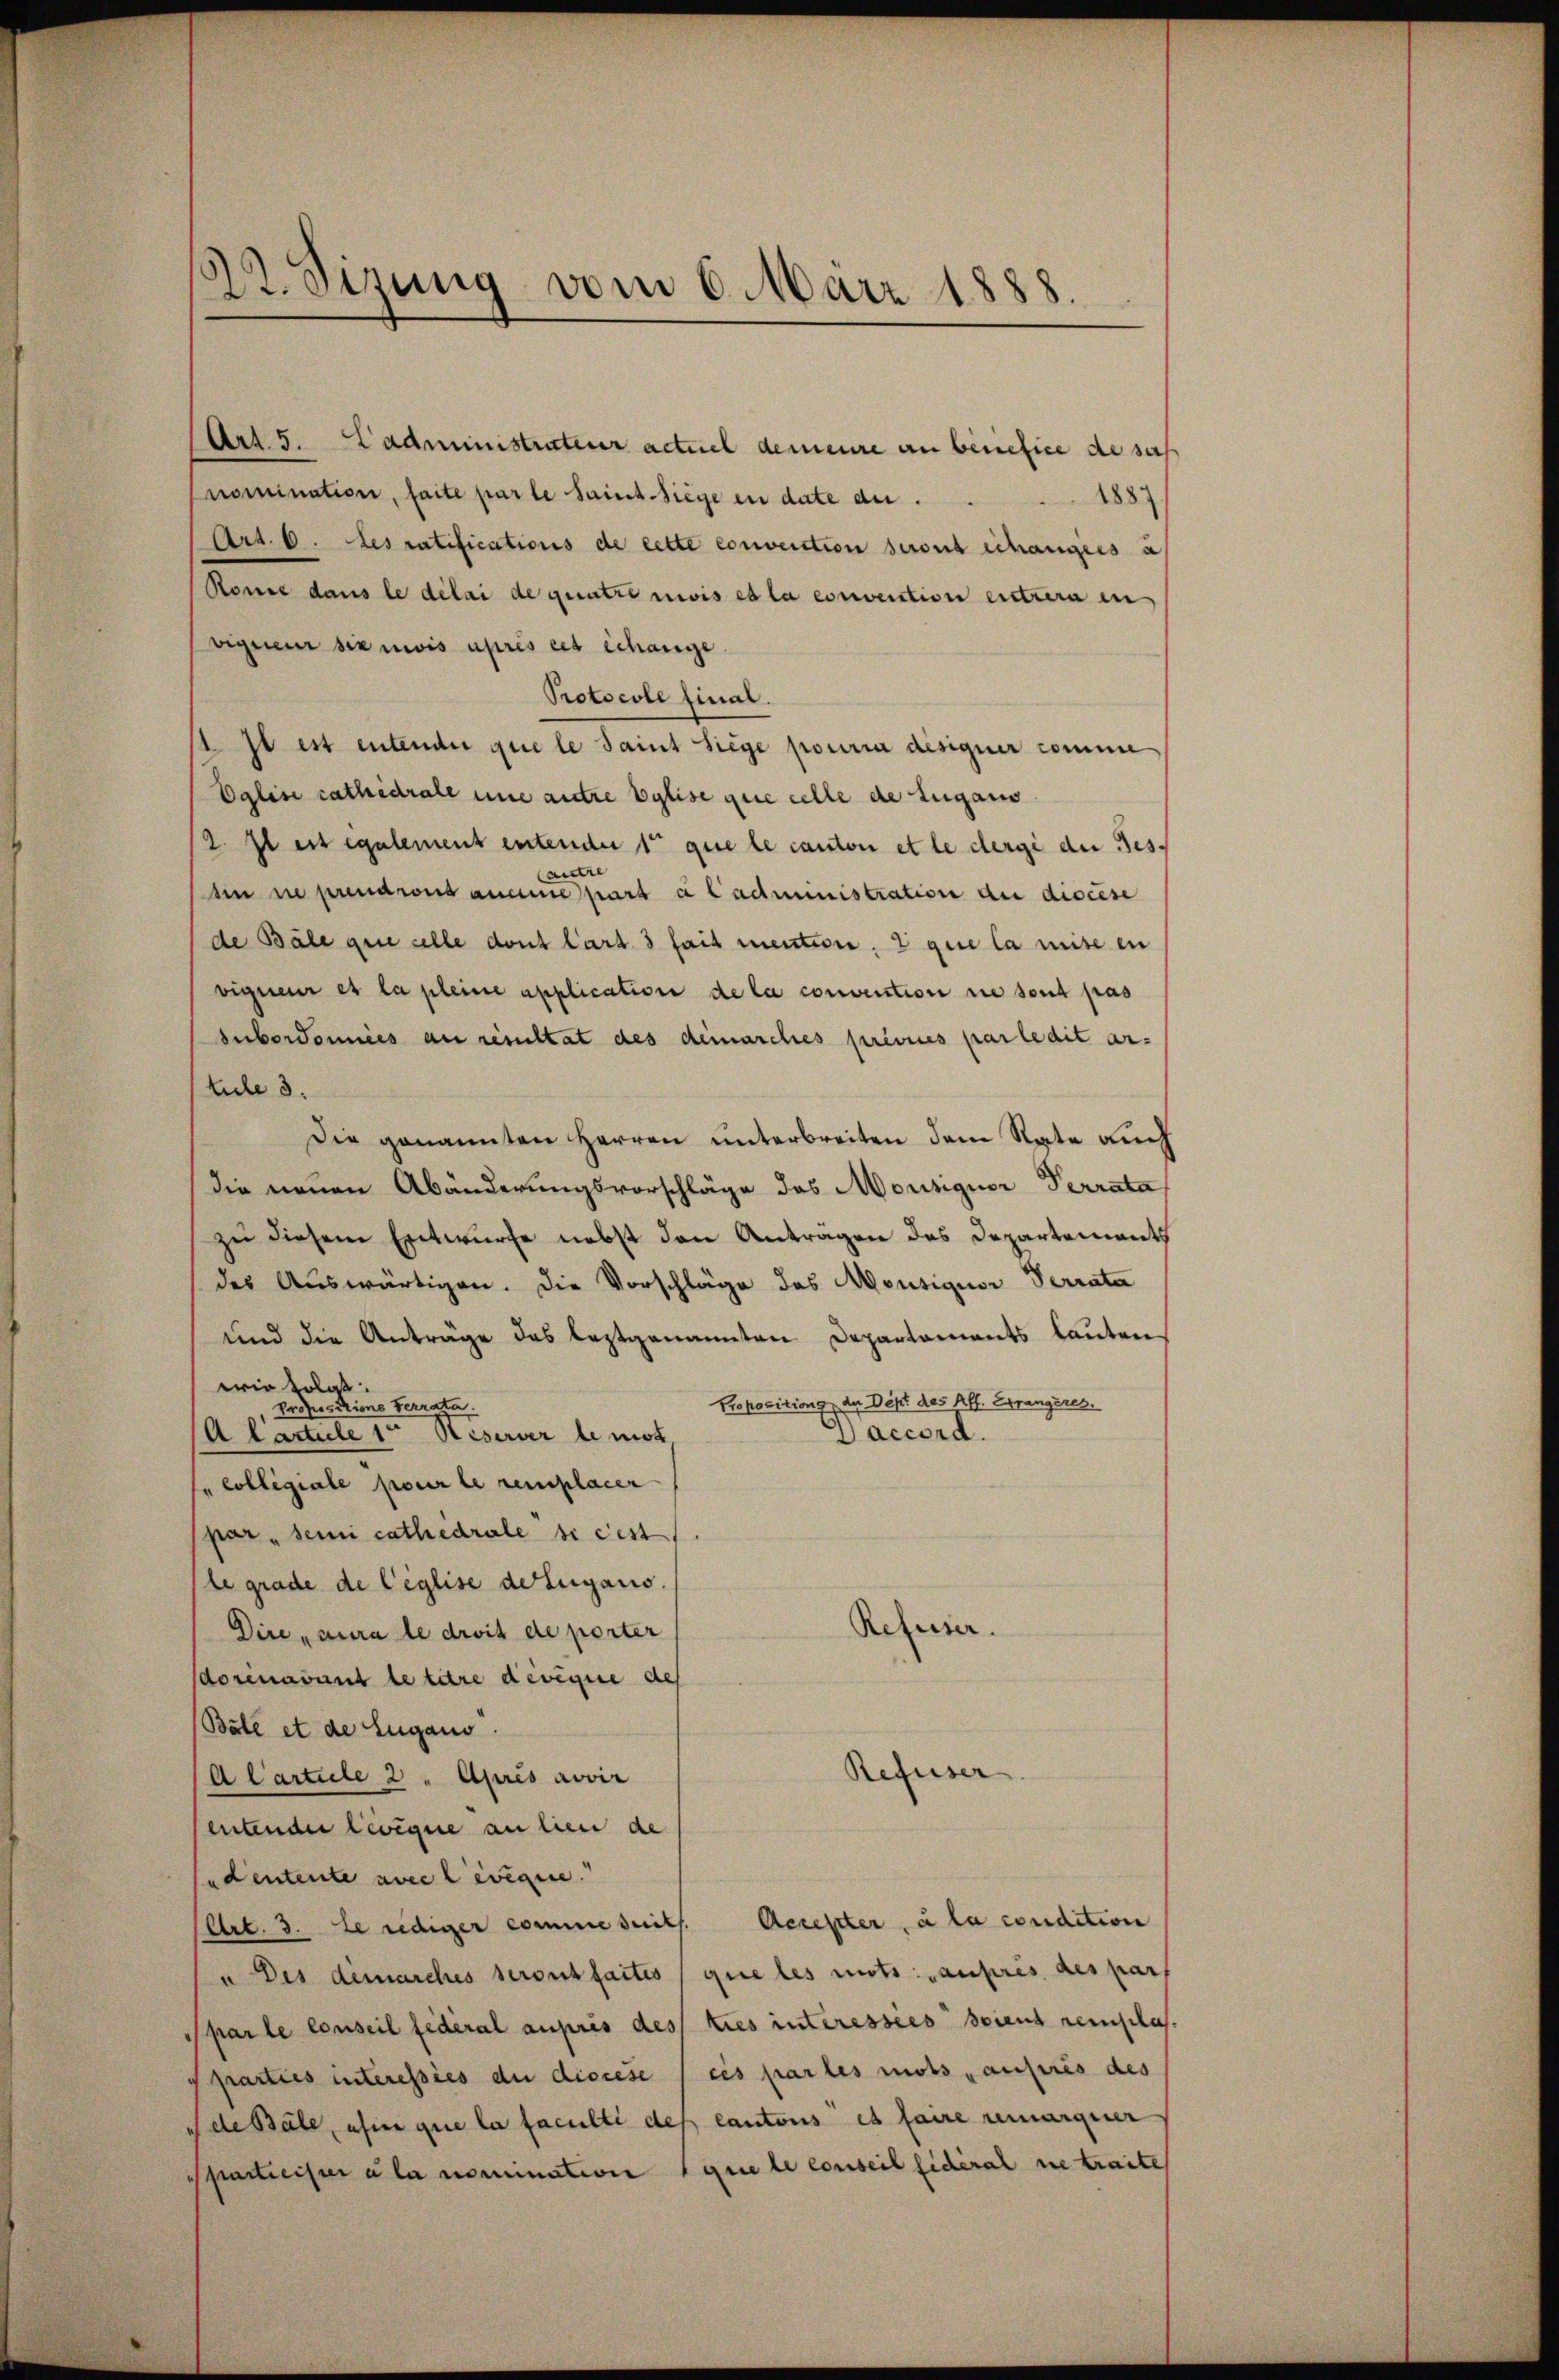
22. Sizung vom 6. März 1888.

Art. 5. Cadministrateur actuel demeure an beriefice de sas
nomination, faite par le Saint Siege in date an.
188
Art. 6. Les ratifications de cette convention seront échangers a
Ronie dans le délai de quatre nivis es la convention entrera in
vigueur die mois après cet échange
Protocole final.
1 Jt ist entender que le Saint Siege pourra designer comme
Eglise cathedrale une autre vylise que celle de Zugans
2. Il est egalement entender 1t que le canton et le derge der Ges.
sin in prendront annue part à Cadministration du discese
de Bäle que celle dont Cart. 3 fait mentes. 2 gue la mise en
vigneur es la pleine application de la convention sie sont pas
Subordonnées au resultat des demnarches prévues par ledit ar-
lute 3.
Die genannten Herren unterbreiten dem Rata auch
die neuen Abänderungsvorschläge das Monsiguor Perrata
zu diesem Entwurfe nebst den Antragen des Departementh
des Auswärtigen. Die Vorschläge des Mousiquor Verrata
und die Anträge des leztgenannten Departements lauten
wir solat
Proposition der Dist des Aff. Errangeres.
Professcrimo terrata.
Daccord.
(A Carticle 1 Keserver le mit,
"collegiale pour le remplacer
par seini cathedrale si cest
le grade de Ceglise dolugano.
Refuser.
Dire aura le droit de porter
doricavant le titre devigue des
Bäte et de Eugano.
Refuser
A Carteile 2 . Apris aovir
entender Levique an lieu de
sedentente avec levigine.
Art. 3. Le rediger comme seits. Accesser, à la condition
u Des demarches seront faites que les mots: „außeres des par
Pharle conseil fédéral auprès des ties interesses seient reislas
prarties interessies du diocese / eis par les mots „ausires des
de Bäle, afin que la faculti des Cantons es faire remarquer
Sparticister a la nomination que le conseil fidéral ne traite